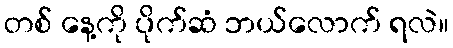
တစ် နေ့ကို ပိုက်ဆံ ဘယ်လောက် ရလဲ။